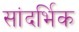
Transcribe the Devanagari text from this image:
सांदर्भिक